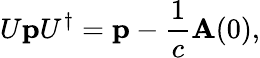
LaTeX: U\mathbf{p}U^{\dagger}=\mathbf{p}-\frac{1}{c}\mathbf{A}(0),